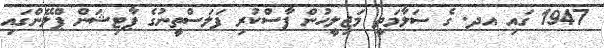
1947 ގައި އދ. ގެ ސަލާމަތީ މަޖިލީހުން ފާސްކުރި ފަލަސްތީނުގެ ޕާޓިޝަން ޕްލޭންގައި